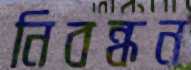
নিবন্ধন